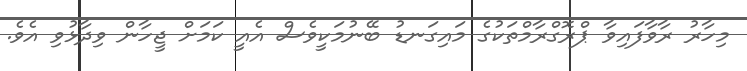
މިހާރު ރާވާފައިވާ ޕްރޮގްރާމްތަކުގެ މައިގަނޑު ބޭނުމަކީވެސް އެއީ ކަމަށް ޖީހާން ވިދާޅުވި އެވެ.